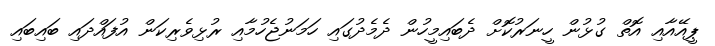
ޕީއޭއާއި އޮތް ގުޅުން ހީނަރުކޮށް ދެބައިމީހުން ދެމެދުގައި ހަމަނުޖެހުމާއި ރުޅިވެރިކަން އުފައްދައި ބައިބައި